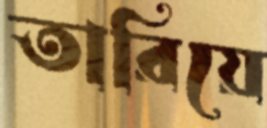
তারিয়ে